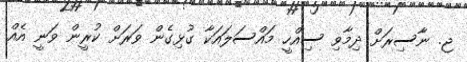
ޖ. ނާސިރަށް ދިމާވި ސިއްހީ މައްސަލައަކާ ގުޅިގެން ވަރަށް ކުރީން ވަނީ އެއް